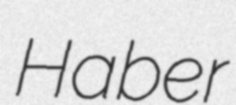
Haber